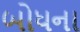
બોધના